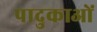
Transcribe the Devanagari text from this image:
पादुकाओं